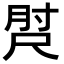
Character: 𡬰